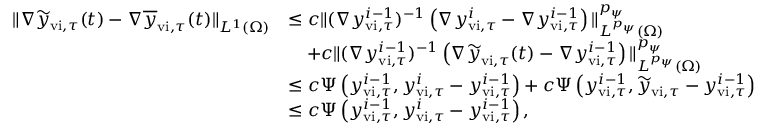
\begin{array} { r l } { \| \nabla \widetilde { y } _ { \mathrm { v i } , \tau } ( t ) - \nabla \overline { { y } } _ { \mathrm { v i } , \tau } ( t ) \| _ { L ^ { 1 } ( \Omega ) } } & { \leq c \| ( \nabla y _ { \mathrm { v i } , \tau } ^ { i - 1 } ) ^ { - 1 } \left( \nabla { y } _ { \mathrm { v i } , \tau } ^ { i } - \nabla { y } _ { \mathrm { v i } , \tau } ^ { i - 1 } \right) \| _ { L ^ { p _ { \psi } } ( \Omega ) } ^ { p _ { \psi } } } \\ & { \quad + c \| ( \nabla y _ { \mathrm { v i } , \tau } ^ { i - 1 } ) ^ { - 1 } \left( \nabla \widetilde { y } _ { \mathrm { v i } , \tau } ( t ) - \nabla { y } _ { \mathrm { v i } , \tau } ^ { i - 1 } \right) \| _ { L ^ { p _ { \psi } } ( \Omega ) } ^ { p _ { \psi } } } \\ & { \leq c \Psi \left( y _ { \mathrm { v i } , \tau } ^ { i - 1 } , { y } _ { \mathrm { v i } , \tau } ^ { i } - { y } _ { \mathrm { v i } , \tau } ^ { i - 1 } \right) + c \Psi \left( y _ { \mathrm { v i } , \tau } ^ { i - 1 } , \widetilde { y } _ { \mathrm { v i } , \tau } - { y } _ { \mathrm { v i } , \tau } ^ { i - 1 } \right) } \\ & { \leq c \Psi \left( y _ { \mathrm { v i } , \tau } ^ { i - 1 } , { y } _ { \mathrm { v i } , \tau } ^ { i } - { y } _ { \mathrm { v i } , \tau } ^ { i - 1 } \right) , } \end{array}